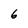
Character: 6